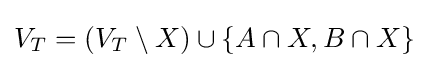
V_{T}=(V_{T}\setminus X)\cup \{A\cap X,B\cap X\}